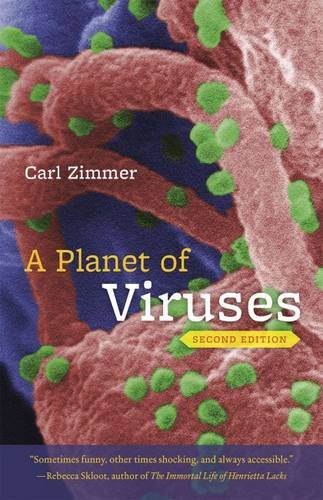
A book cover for A Planet of Viruses: Second Edition; Carl Zimmer; Medical Books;